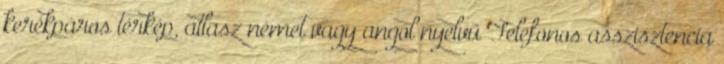
kerékpáros térkép, atlasz német vagy angol nyelvű Telefonos asszisztencia